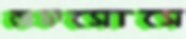
আফসোসে